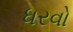
ધરવો